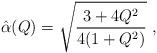
LaTeX: \begin{align*}\hat \alpha(Q) = \sqrt{{3 + 4 Q^2 \over 4(1+Q^2)}}\ , \end{align*}